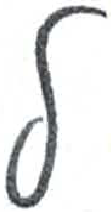
אות: ל